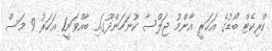
ކްރިކެޓް ބޯޑުގެ އަހަރީ އާންމު ޖަލްސާ ކުނަހަންދޫގައި ބާއްވަނީ1 އަހަރު 9 މަސް